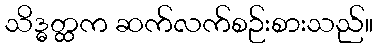
သိဒ္ဓတ္ထက ဆက်လက်စဉ်းစားသည်။